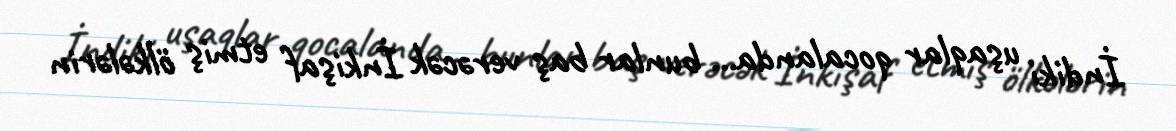
İndiki uşaqlar qocalanda... bunlar baş verəcək İnkişaf etmiş ölkələrin